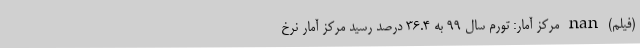
(فیلم) nan مرکز آمار: تورم سال ۹۹ به ۳۶.۴ درصد رسید مرکز آمار نرخ